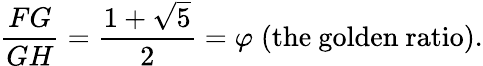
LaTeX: {\frac{FG}{GH}}={\frac{1+{\sqrt{5}}}{2}}=\varphi\; ({\mathrm{the~golden~ratio}}).